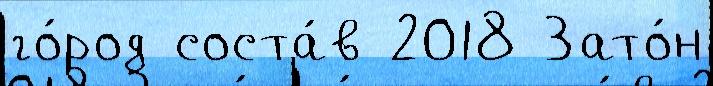
го́род соста́в 2018 Зато́н